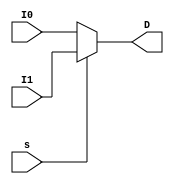
`timescale 1ns / 1ps
module mux2x1_5(I1, I0, s, D);
   input [4:0] I1, I0;
   input s;
   output reg [4:0] D;
   
   always @(I1, I0, s)
   begin
      if (!s) begin
         D = I0;
      end
      else begin
         D = I1;
      end
   end
endmodule